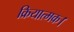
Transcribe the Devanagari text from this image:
क्रियात्मक।